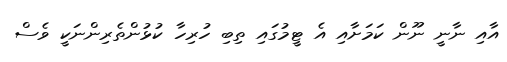
އާއި ނާނީ ނޫން ކަމަށާއި އެ ޓީމުގައި ތިބި ހުރިހާ ކުޅުންތެރިންނަކީ ވެސް